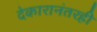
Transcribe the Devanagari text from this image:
देकारानंतरही